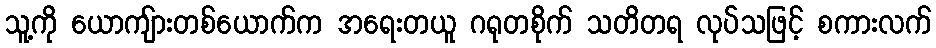
သူ့ကို ယောကျ်ားတစ်ယောက်က အရေးတယူ ဂရုတစိုက် သတိတရ လုပ်သဖြင့် စကားလက်